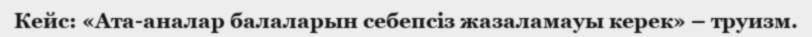
Кейс: «Ата-аналар балаларын себепсіз жазаламауы керек» – труизм.